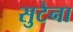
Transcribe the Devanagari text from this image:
सुटेना